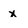
Character: X